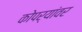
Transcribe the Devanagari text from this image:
कोपर्यांवर